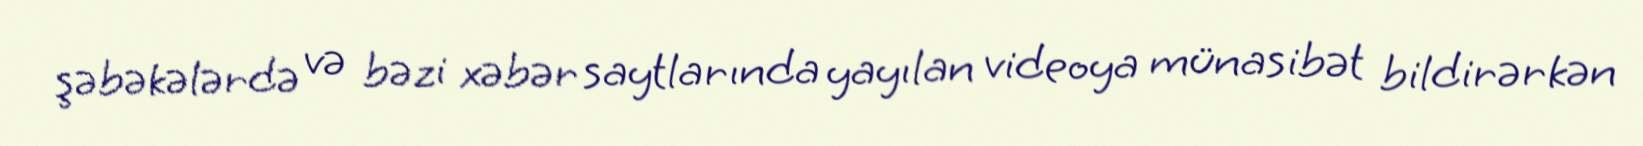
şəbəkələrdə və bəzi xəbər saytlarında yayılan videoya münasibət bildirərkən